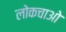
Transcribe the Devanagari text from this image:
लोकचाओ